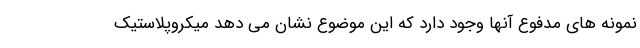
نمونه های مدفوع آنها وجود دارد که این موضوع نشان می دهد میکروپلاستیک